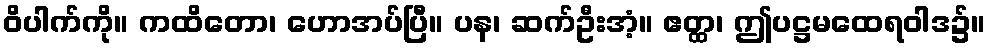
ဝိပါက်ကို။ ကထိတော၊ ဟောအပ်ပြီ။ ပန၊ ဆက်ဦးအံ့။ ဧတ္ထ၊ ဤပဋ္ဌမထေရဝါဒ၌။